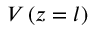
V \left( z = l \right)